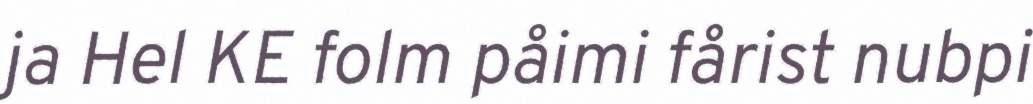
ja Hel KE folm påimi fårist nubpi